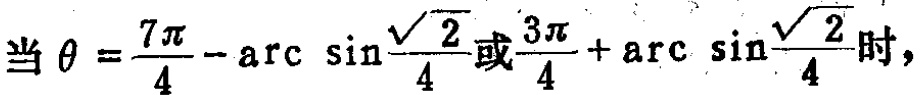
当$\theta =\frac{7\pi}{4}-\arcsin\frac{\sqrt{2}}{4}或\frac{3\pi}{4}+\arcsin\frac{\sqrt{2}}{4}时，$